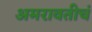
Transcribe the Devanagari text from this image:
अमरावतीचं